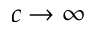
c \to \infty